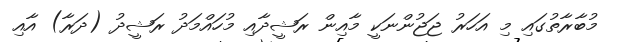
މުބާރާތުގައި މި އަހަރު ޖަޖުންނަކީ މާއިން ރަޝީދާއި މުހައްމަދު ރަޝީދު (ދަރާ) އާއި